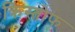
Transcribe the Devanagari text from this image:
क्रिस्तोफ